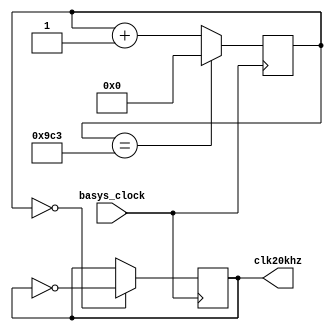
`timescale 1ns / 1ps
//////////////////////////////////////////////////////////////////////////////////
// Company: 
// Engineer: 
// 
// Design Name: 
// Module Name: clock_20kHz
// Project Name: 
// Target Devices: 
// Tool Versions: 
// Description: 
// 
// Dependencies: 
// 
// Revision:
// Revision 0.01 - File Created
// Additional Comments:
// 
//////////////////////////////////////////////////////////////////////////////////


module clock_20kHz(
input basys_clock,
output reg clk20khz = 0
    );
    
 reg [31:0] COUNT = 4'b0000;
    always @ (posedge basys_clock) 
    begin
        COUNT <= (COUNT == 2499) ? 0 : COUNT + 1;
        clk20khz <= (COUNT == 0) ? ~clk20khz : clk20khz;
    end
  
endmodule

module clock_6_25MHz(
input basys_clock,
output reg clk6p25m = 0
);

    reg [31:0] COUNT = 4'b0000;
       always @ (posedge basys_clock)
       begin
        COUNT <= (COUNT == 7) ? 0 : COUNT + 1;
        clk6p25m <= (COUNT == 0) ? ~clk6p25m : clk6p25m;
       end
endmodule

module flexi_clock(
    input sys_clk,
    input [31:0] freq,
    output reg clk = 0
    );
    
    reg [31:0] count = 0;
    reg [31:0] m;
    
    always @ (posedge sys_clk) begin
    m = 100000000/(2*freq) - 1;
    count <= (count == m) ? 0 : count + 1; //20Hz
    clk <= (count == 0) ? ~clk : clk;
    end
    
    
    
endmodule